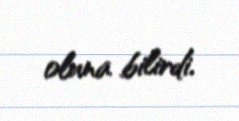
oluna bilirdi.